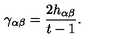
\gamma _ { \alpha \beta } = \frac { 2 h _ { \alpha \beta } } { t - 1 } .